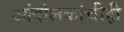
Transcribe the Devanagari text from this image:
आंदोलकांचीही